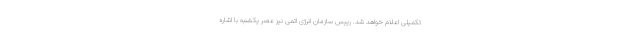
تکمیلی اعلام خواهد شد. رییس سازمان انرژی اتمی نیز عصر یکشنبه با اشاره